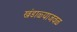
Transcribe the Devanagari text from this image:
खंडाळ्याजवळ